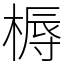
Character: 槈